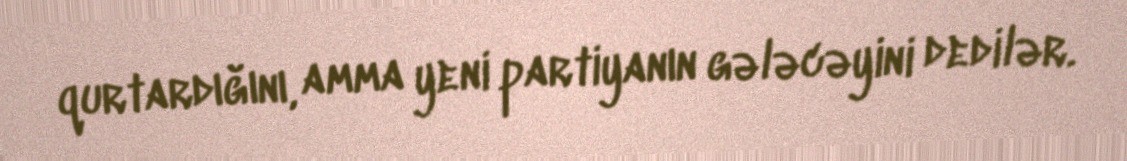
qurtardığını, amma yeni partiyanın gələcəyini dedilər.